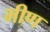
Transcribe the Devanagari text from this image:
भीण